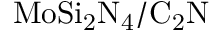
\mathrm { M o S i _ { 2 } N _ { 4 } / C _ { 2 } N }